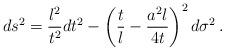
LaTeX: \begin{align*}ds^2 = \frac{l^2}{t^2} dt^2 - \left(\frac tl - \frac{a^2l}{4t}\right)^2 d\sigma^2\,.\end{align*}